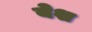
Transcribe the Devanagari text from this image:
येश